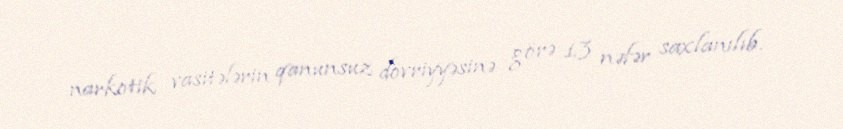
narkotik vasitələrin qanunsuz dövriyyəsinə görə 13 nəfər saxlanılıb.